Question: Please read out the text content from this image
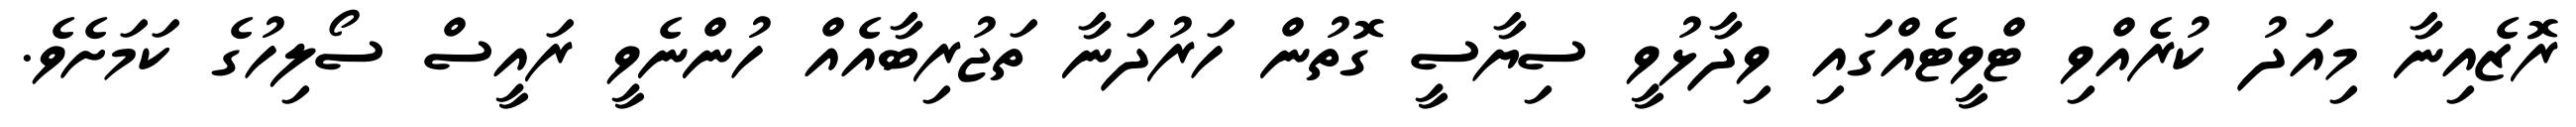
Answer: ރޮޒެއިނާ މިއަދު ކުރެއްވި ޓްވީޓެއްގައި ވިދާޅުވީ ސިޔާސީ ގޮތުން ހަރުދަނާ ތަޖުރިބާއެއް ހުންނެވީ ރައީސް ސޯލިހުގެ ކަމަށެވެ.